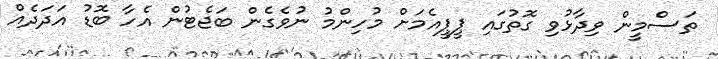
ތަސްމީން ވިދާޅުވި ގޮތުގައި ޕީޕީއެމަށް މުހިންމު ނުވެގެން ބަޖެޓުން އެހާ ބޮޑު އަދަދެއް